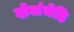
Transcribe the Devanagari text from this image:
दोघांचेहि